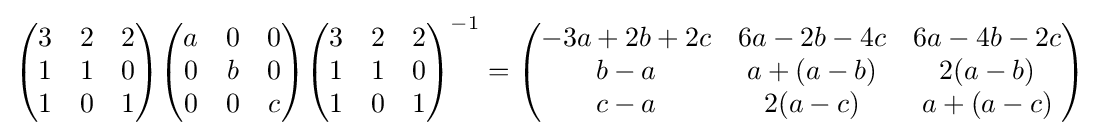
{\begin{pmatrix}3&2&2\\1&1&0\\1&0&1\end{pmatrix}}{\begin{pmatrix}a&0&0\\0&b&0\\0&0&c\end{pmatrix}}{\begin{pmatrix}3&2&2\\1&1&0\\1&0&1\end{pmatrix}}^{-1}={\begin{pmatrix}-3a+2b+2c&6a-2b-4c&6a-4b-2c\\b-a&a+(a-b)&2(a-b)\\c-a&2(a-c)&a+(a-c)\end{pmatrix}}